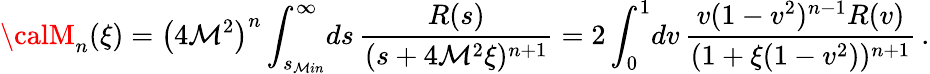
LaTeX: {\calM}_{n}(\xi)=\left(4\mathcal{M}^{2}\right)^{n}\int_{s_{\mathcal{M}in}}^{\infty}\! ds\, \frac{{R(s)}}{{(s+4\mathcal{M}^{2}\xi)^{n+1}}}=2\int_{0}^{1}\! dv\, \frac{{v(1-v^{2})^{n-1}R(v)}}{{(1+\xi(1-v^{2}))^{n+1}}}\, .